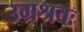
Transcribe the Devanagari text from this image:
उग्रश्रवः